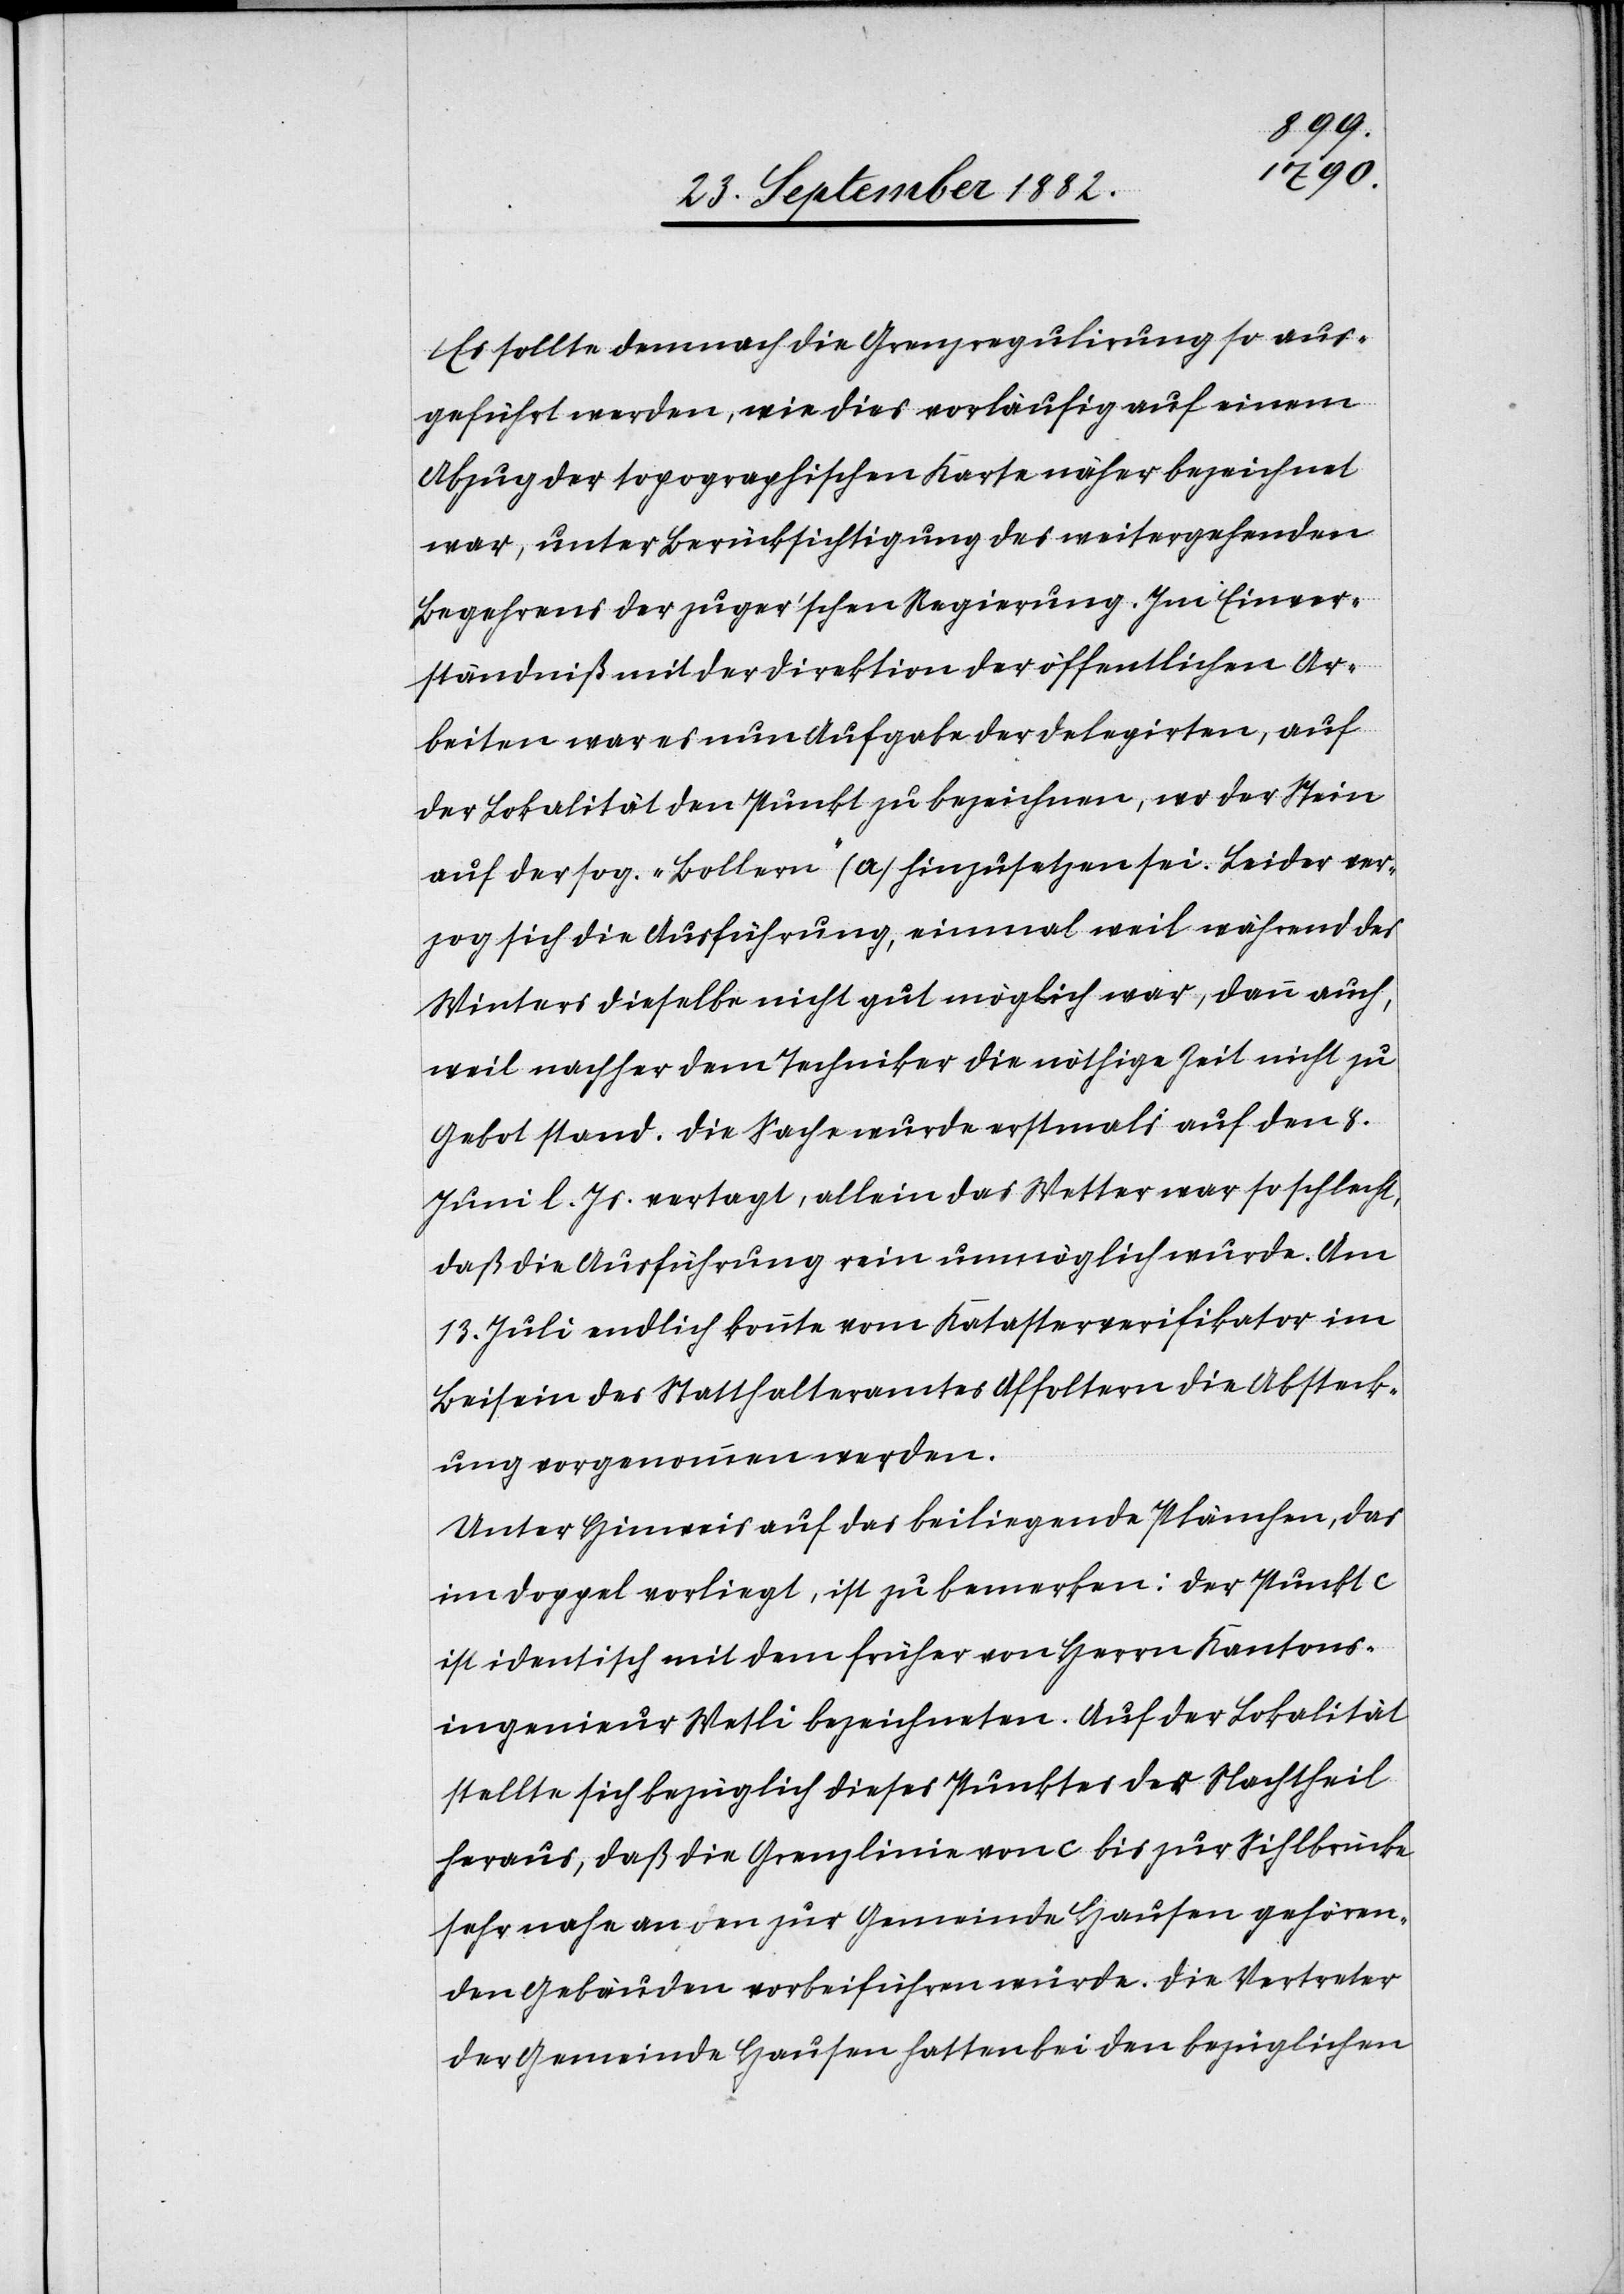
Es sollte demnach die Grenzregulirung so aus¬
geführt werden, wie dies vorläufig auf einem
Abzug der topographischen Karte näher bezeichnet
war, unter Berücksichtigung des weitergehenden
Begehrens der zuger’schen Regierung. Im Einver¬
ständniß mit der Direktion der öffentlichen Ar¬
beiten war es nun Aufgabe der Delegirten, auf
der Lokalität den Punkt zu bezeichnen, wo der Stein
auf der sog. „Bollern“ (a) hinzusetzen sei. Leider ver¬
zog sich die Ausführung, einmal weil während des
Winters dieselbe nicht gut möglich war, dann auch,
weil nachher dem Techniker die nöthige Zeit nicht zu
Gebot stand. Die Sache wurde erstmals auf den 8.
Juni l. Js. vertagt, allein das Wetter war so schlecht,
daß die Ausführung rein unmöglich wurde. Am
13. Juli endlich konnte vom Katasterverifikator im
Beisein des Statthalteramtes Affoltern die Absteck¬
ung vorgenommen werden.
Unter Hinweis auf das beiliegende Plänchen, das
im Doppel vorliegt, ist zu bemerken: Der Punkt
ist identisch mit dem früher von Herrn Kantons¬
ingenieur Wetli bezeichneten. Auf der Lokalität
stellte sich bezüglich dieses Punktes der Nachtheil
heraus, daß die Grenzlinie von c bis zur Sihlbrücke
sehr nahe an den zur Gemeinde Hausen gehören¬
den Gebäuden vorbeiführen würde. Die Vertreter
der Gemeinde Hausen hatten bei den bezüglichen